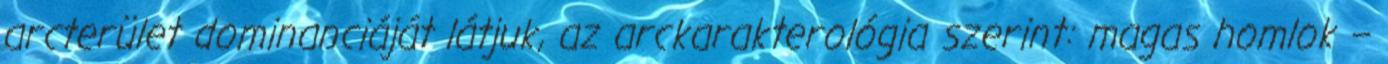
arcterület dominanciáját látjuk, az arckarakterológia szerint: magas homlok –